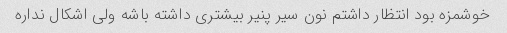
خوشمزه بود انتظار داشتم نون سیر پنیر بیشتری داشته باشه ولی اشکال نداره